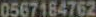
0567184762